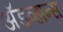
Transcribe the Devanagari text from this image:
अॅडव्हान्स